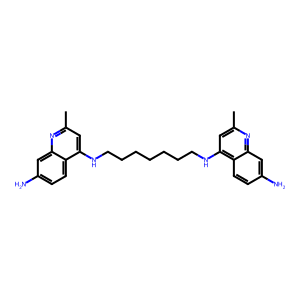
SMILES: Cc1cc(NCCCCCCCNc2cc(C)nc3cc(N)ccc23)c2ccc(N)cc2n1
Inhibits HIV replication: No